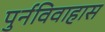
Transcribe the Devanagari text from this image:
पुर्नविवाहास